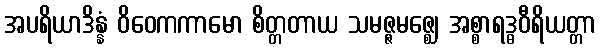
အပရိယာဒိန္နံ ဝိဝေကကာမော စိတ္တတာယ သမဇ္ဇမဇ္ဈေ အစ္စာရဒ္ဓဝီရိယတ္တာ